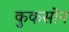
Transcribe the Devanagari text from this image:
कुकसोन